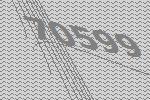
70599